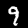
Digit: 9